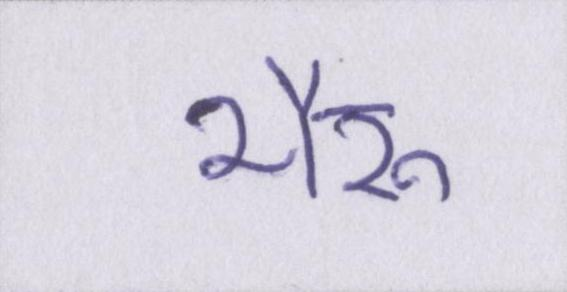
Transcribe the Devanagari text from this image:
भैरू